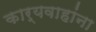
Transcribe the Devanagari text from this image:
कार्यवाहांना